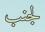
لجنب